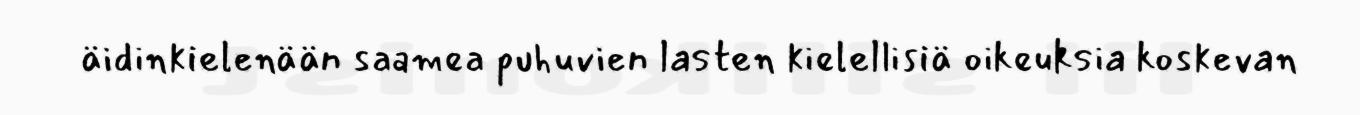
äidinkielenään saamea puhuvien lasten kielellisiä oikeuksia koskevan